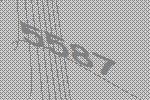
5587